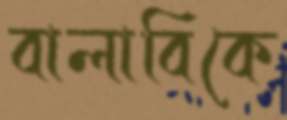
বালাবিকে